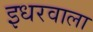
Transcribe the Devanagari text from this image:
इधरवाला